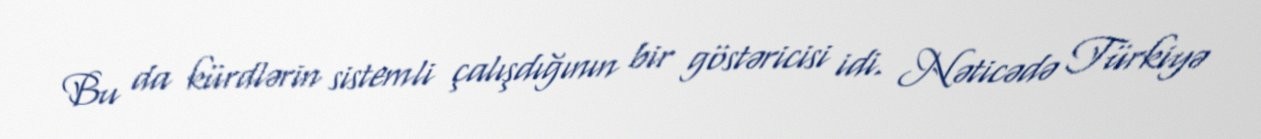
Bu da kürdlərin sistemli çalışdığının bir göstəricisi idi. Nəticədə Türkiyə